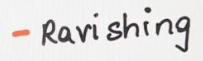
- Ravishing